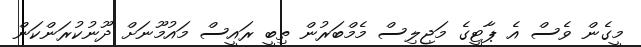
މީގެން ވެސް އެ ޕާޓީގެ މަޖިލިސް މެމްބަރުން ތިބީ ރައީސް މައުމޫނަށް ދޫނުކުރަންކަން